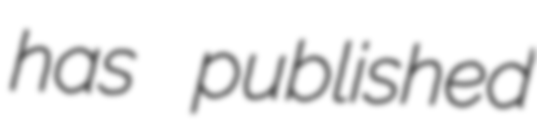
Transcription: has published